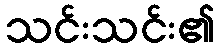
သင်းသင်း၏